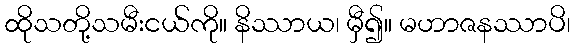
ထိုသတို့သမီးငယ်ကို။ နိဿာယ၊ မှီ၍။ မဟာဇနဿာပိ၊